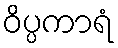
ဝိပ္ပကာရံ